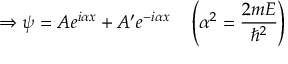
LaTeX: \Rightarrow \psi = A e ^ { i \alpha x } + A ^ { \prime } e ^ { - i \alpha x } \quad \left( \alpha ^ { 2 } = { \frac { 2 m E } { \hbar ^ { 2 } } } \right)